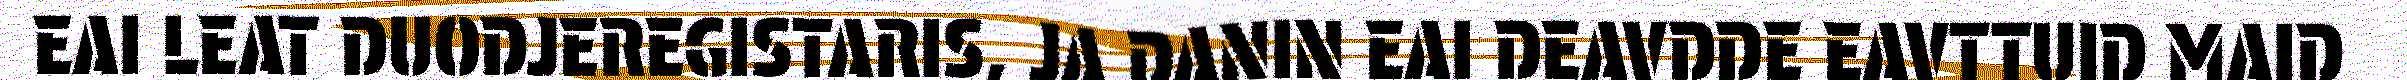
EAI LEAT DUODJEREGISTARIS, JA DANIN EAI DEAVDDE EAVTTUID MAID